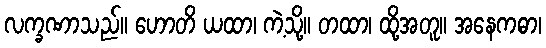
လက္ခဏာသည်။ ဟောတိ ယထာ၊ ကဲ့သို့။ တထာ၊ ထို့အတူ။ အနေကဓာ၊